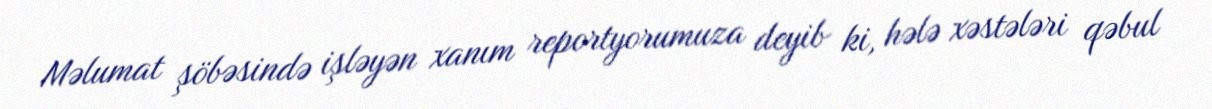
Məlumat şöbəsində işləyən xanım reportyorumuza deyib ki, hələ xəstələri qəbul